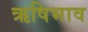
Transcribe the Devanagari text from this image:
ऋषिभाव